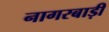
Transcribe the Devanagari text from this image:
नागरबाड़ी